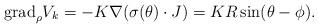
LaTeX: \begin{align*}{\rm grad}_\rho V_k = -K \nabla (\sigma(\theta)\cdot J)=K R\sin(\theta-\phi). \end{align*}